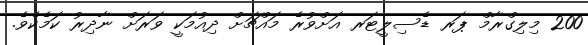
200 މިލިގްރާމް ޕަރ ޑެސިލީޓަރ އަށްވުރެ މައްޗަށް ދިއުމަކީ ވަރަށް ނާދިރު ކަމެކެވެ.